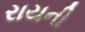
રાયની